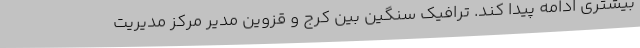
بیشتری ادامه پیدا کند. ترافیک سنگین بین کرج و قزوین مدیر مرکز مدیریت